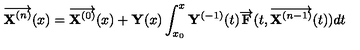
\overrightarrow { { \bf X } ^ { ( n ) } } ( x ) = \overrightarrow { { \bf X } ^ { ( 0 ) } } ( x ) + { \bf Y } ( x ) \int _ { x _ { 0 } } ^ { x } { \bf Y } ^ { ( - 1 ) } ( t ) \overrightarrow { { \bf F } } ( t , \overrightarrow { { \bf X } ^ { ( n - 1 ) } } ( t ) ) d t